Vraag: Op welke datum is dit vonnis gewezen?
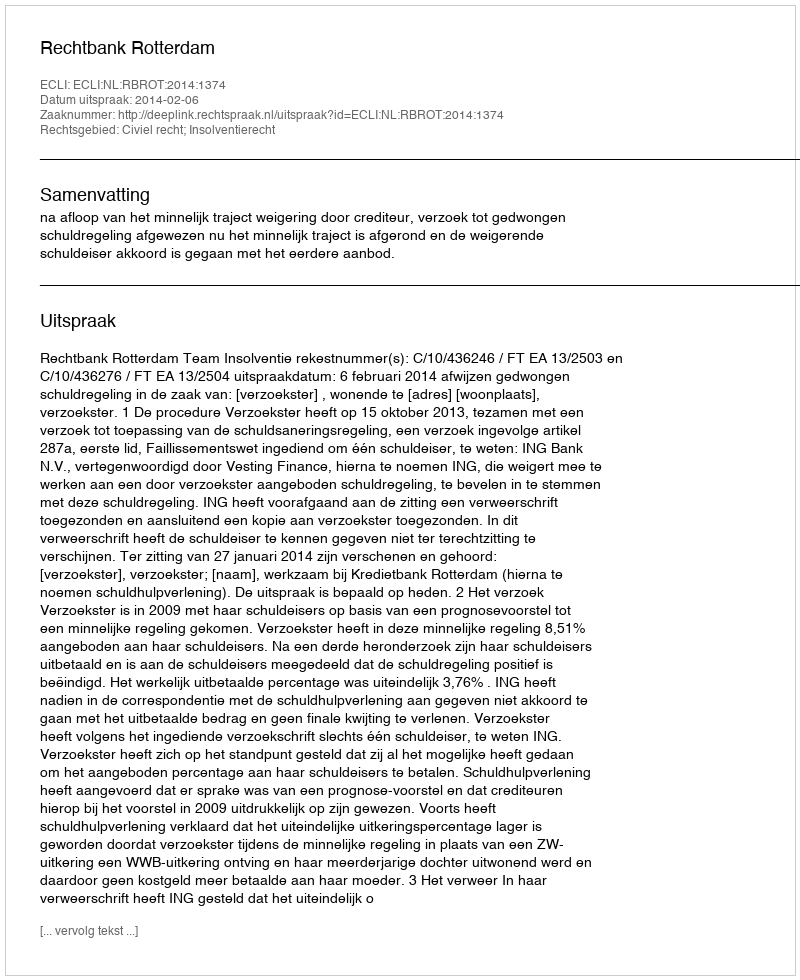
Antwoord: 2014-02-06